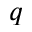
q